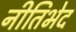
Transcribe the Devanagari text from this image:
नीतिभेद